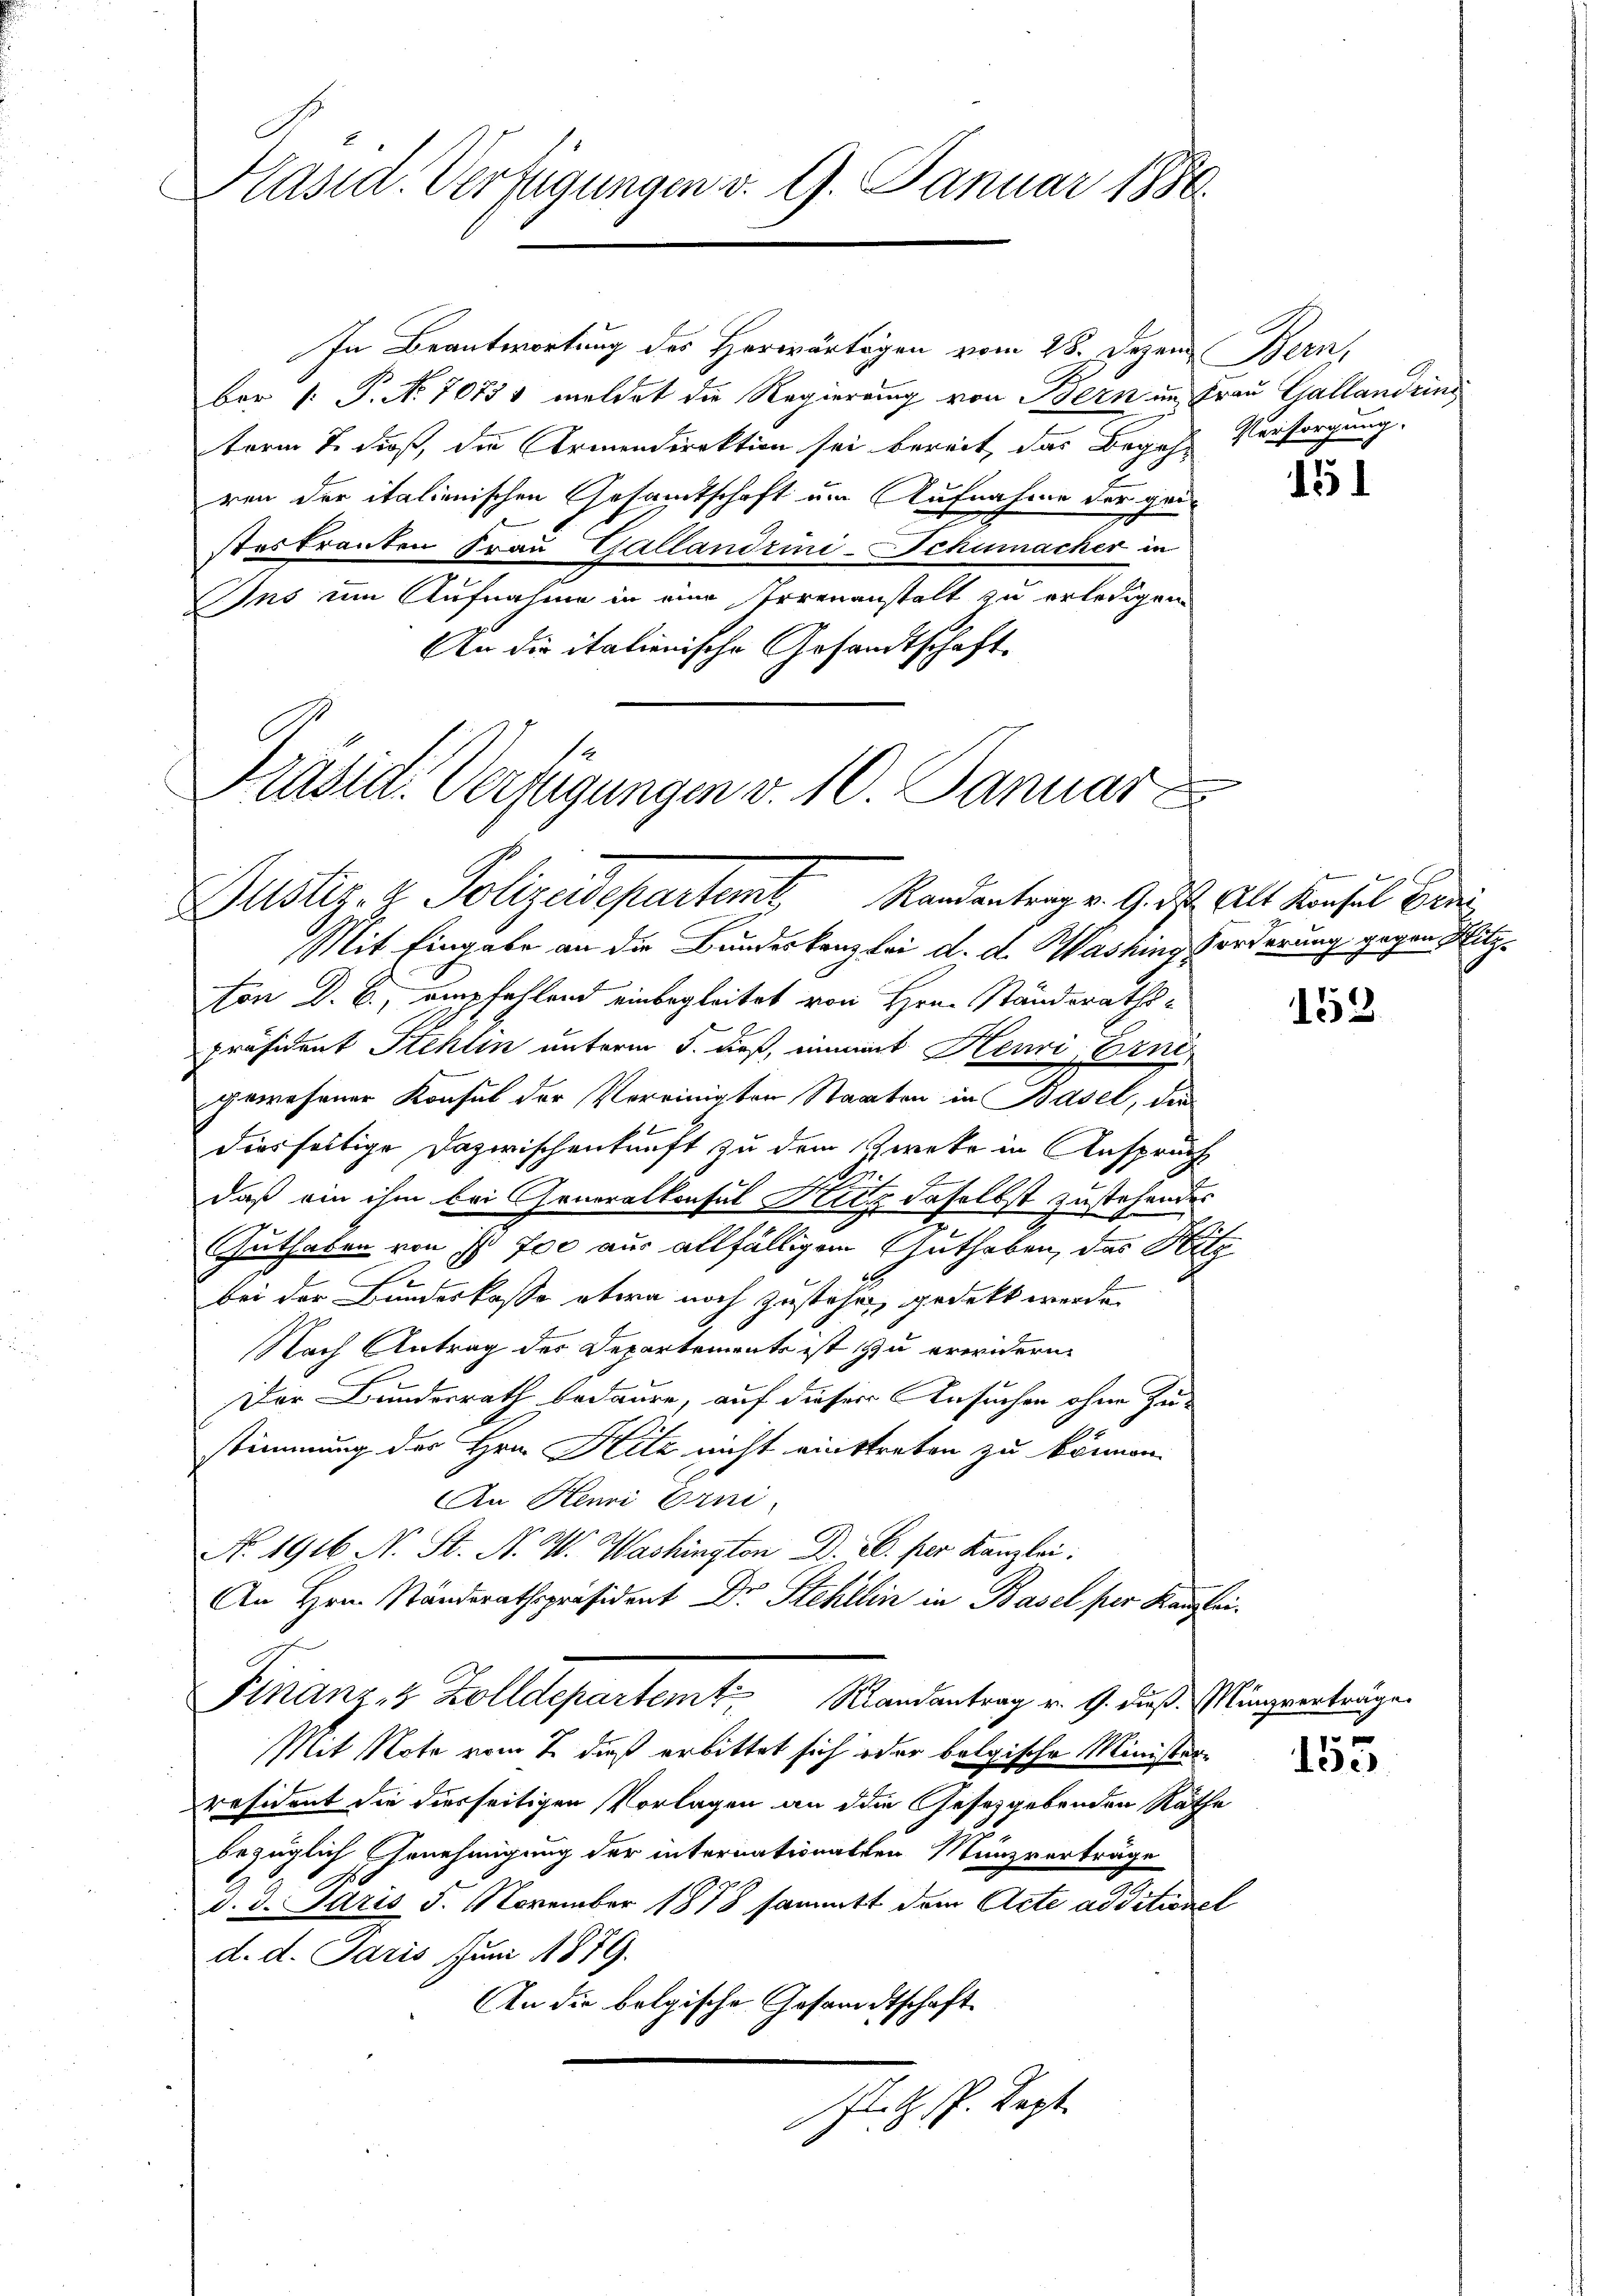
Präsid. Verfügungen d. 9. Januar 1880.

In Beantwortung des Herwärtigen vom 28. Dezem Bern,
bar : P. No 70751 mildet die Regierung von Bern im Frau Gallandrin
term 7. dieß, die Armendirektion sei bereit, das Begehn Versorgung.
ren der italienischen Gesamtschaft um Aufnahme der geisteskranten Frau Gallandrini-Schumacher in
Ins um Aufnahme in eine Irrenanstalt zu erledigen
An die italienische Gesandtschaft.

Präsid. Verfügungen v. 10. Januar
Justiz- & Polizeidepartent Randantrag v. 9. ds. Als Konsul Brei

Mit Eingabe an die Bundeskanzlei d. d. Washing Forderung gegen Plitzvon D. B., empfehlend einbegleitet von Hrn. Standerathspräsident Stehlin unterm 5. dieß, einmal Henri, Erni
gewesener Konsul der Vereinigten Staaten in Basel, die
 E
diesseitige Dazwischenkunft zu dem Zweke in Ansprach
.
daß ein ihm bei Generalkonsul Hitz daselbst zustehendes
Guthaben von ist 700 aus allfälligem Guthaben, das Hitz
J
bei der Bundeskasse etwa noch zustehen, gedekt werde
Nach Antrag des Departements ist zu erwidern.
Der Bundesrath bedaure, auf dieser Ansuchen ohne Zeu-
stimmung des Hrn. Hitz nicht einstreten zu können.
An Henri Erni
No. 1916 N. St. N. V. Washington D. R. per Kanzlei.
An Hrn. Standerathspräsident Dr. Stehlin in Basel per Kanzlei.
Finanze Zolldepartem k. Mandantrag v. 9. dieß Müngertrugen
Mit Note vom 2. daß erbittet sich oder belgische Ministerräsident die diesseitigen Vorlagen an die Gesetzgebenden Räthe
bezüglich Annehmigung der internationalten Münzverträge
J.
d. 3. Jaris 5. November 1878 sammtt dem Acte additionel
d. d. Paris Juni 1879.
An die belgische Gesandtschaft
.R. P. Sept.
A
6

151

152

155